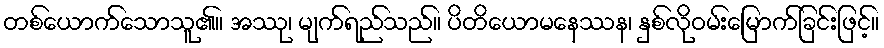
တစ်ယောက်သောသူ၏။ အဿု၊ မျက်ရည်သည်။ ပိတိယောမနေဿန၊ နှစ်လိုဝမ်းမြောက်ခြင်းဖြင့်။